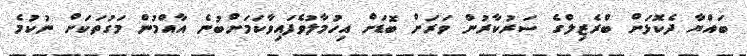
ބައްޔާ ދެކޮޅަށް ބްރެޒިލްގެ ސަރުކާރުން ވަރަށް ބޮޑަށް އިހުމާލުވެފައިވާކަމަށްބުނެ އާއްމުން މަގުތަކަށް ނުކުމެ